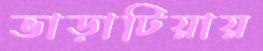
ভাড়াটিয়ায়